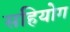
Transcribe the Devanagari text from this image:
सहियोग